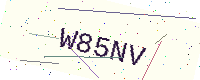
Text: W85NV